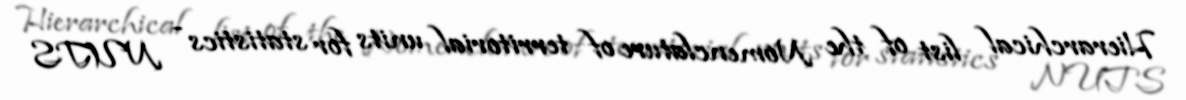
Hierarchical list of the Nomenclature of territorial units for statistics - NUTS